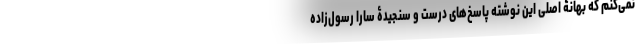
نمی‌کنم که بهانۀ اصلی این نوشته پاسخ‌های درست و سنجیدۀ سارا رسول‌زاده